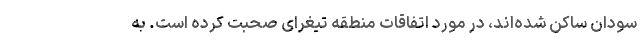
سودان ساکن شده‌اند، در مورد اتفاقات منطقه تیغرای صحبت کرده است. به